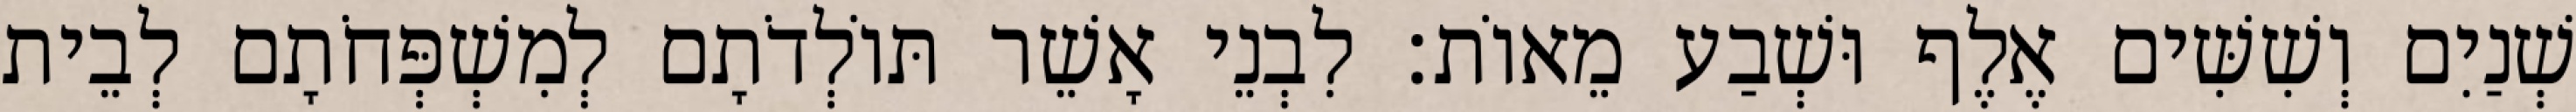
שְׁנַיִם וְשִׁשִּׁים אֶלֶף וּשְׁבַע מֵאוֹת׃ לִבְנֵי אָשֵׁר תּוֹלְדֹתָם לְמִשְׁפְּחֹתָם לְבֵית